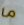
ما